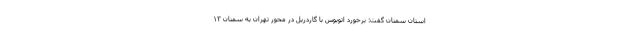
استان سمنان گفت: برخورد اتوبوس با گاردریل در محور تهران به سمنان ١٣